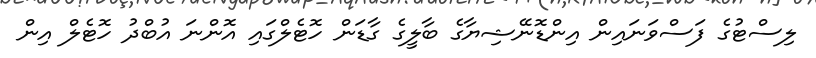
ލިސްޓުގެ ފަސްވަނައިން އިންޑޮނޭޝިޔާގެ ބާލީގެ ގާޑަން ހޮޓެލްގައި އޮންނަ އުބްދު ހޮޓެލް އިން